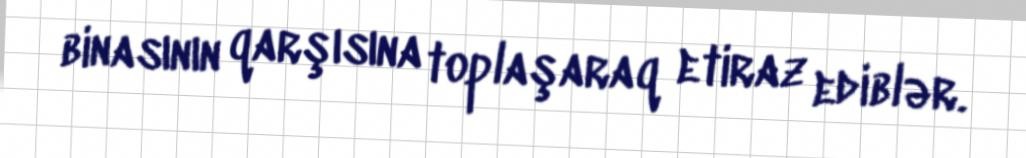
binasının qarşısına toplaşaraq etiraz ediblər.